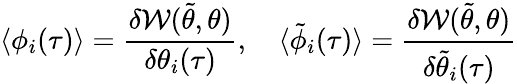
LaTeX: \langle\phi_{i}(\tau)\rangle=\frac{\delta\mathcal{W}(\tilde{\theta},\theta)}{\delta\theta_{i}(\tau)},\quad\langle\tilde{\phi}_{i}(\tau)\rangle=\frac{\delta\mathcal{W}(\tilde{\theta},\theta)}{\delta\tilde{\theta}_{i}(\tau)}